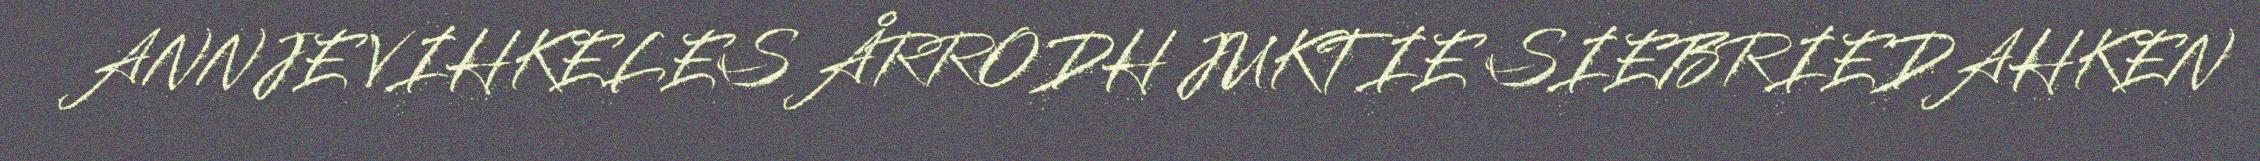
ANNJE VIHKELES ÅRRODH JUKTIE SIEBRIEDAHKEN